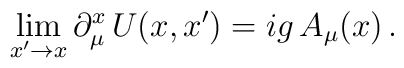
\lim_{x'\to x} \partial_\mu^x \, U(x,x') = i g \, A_\mu(x) \,.